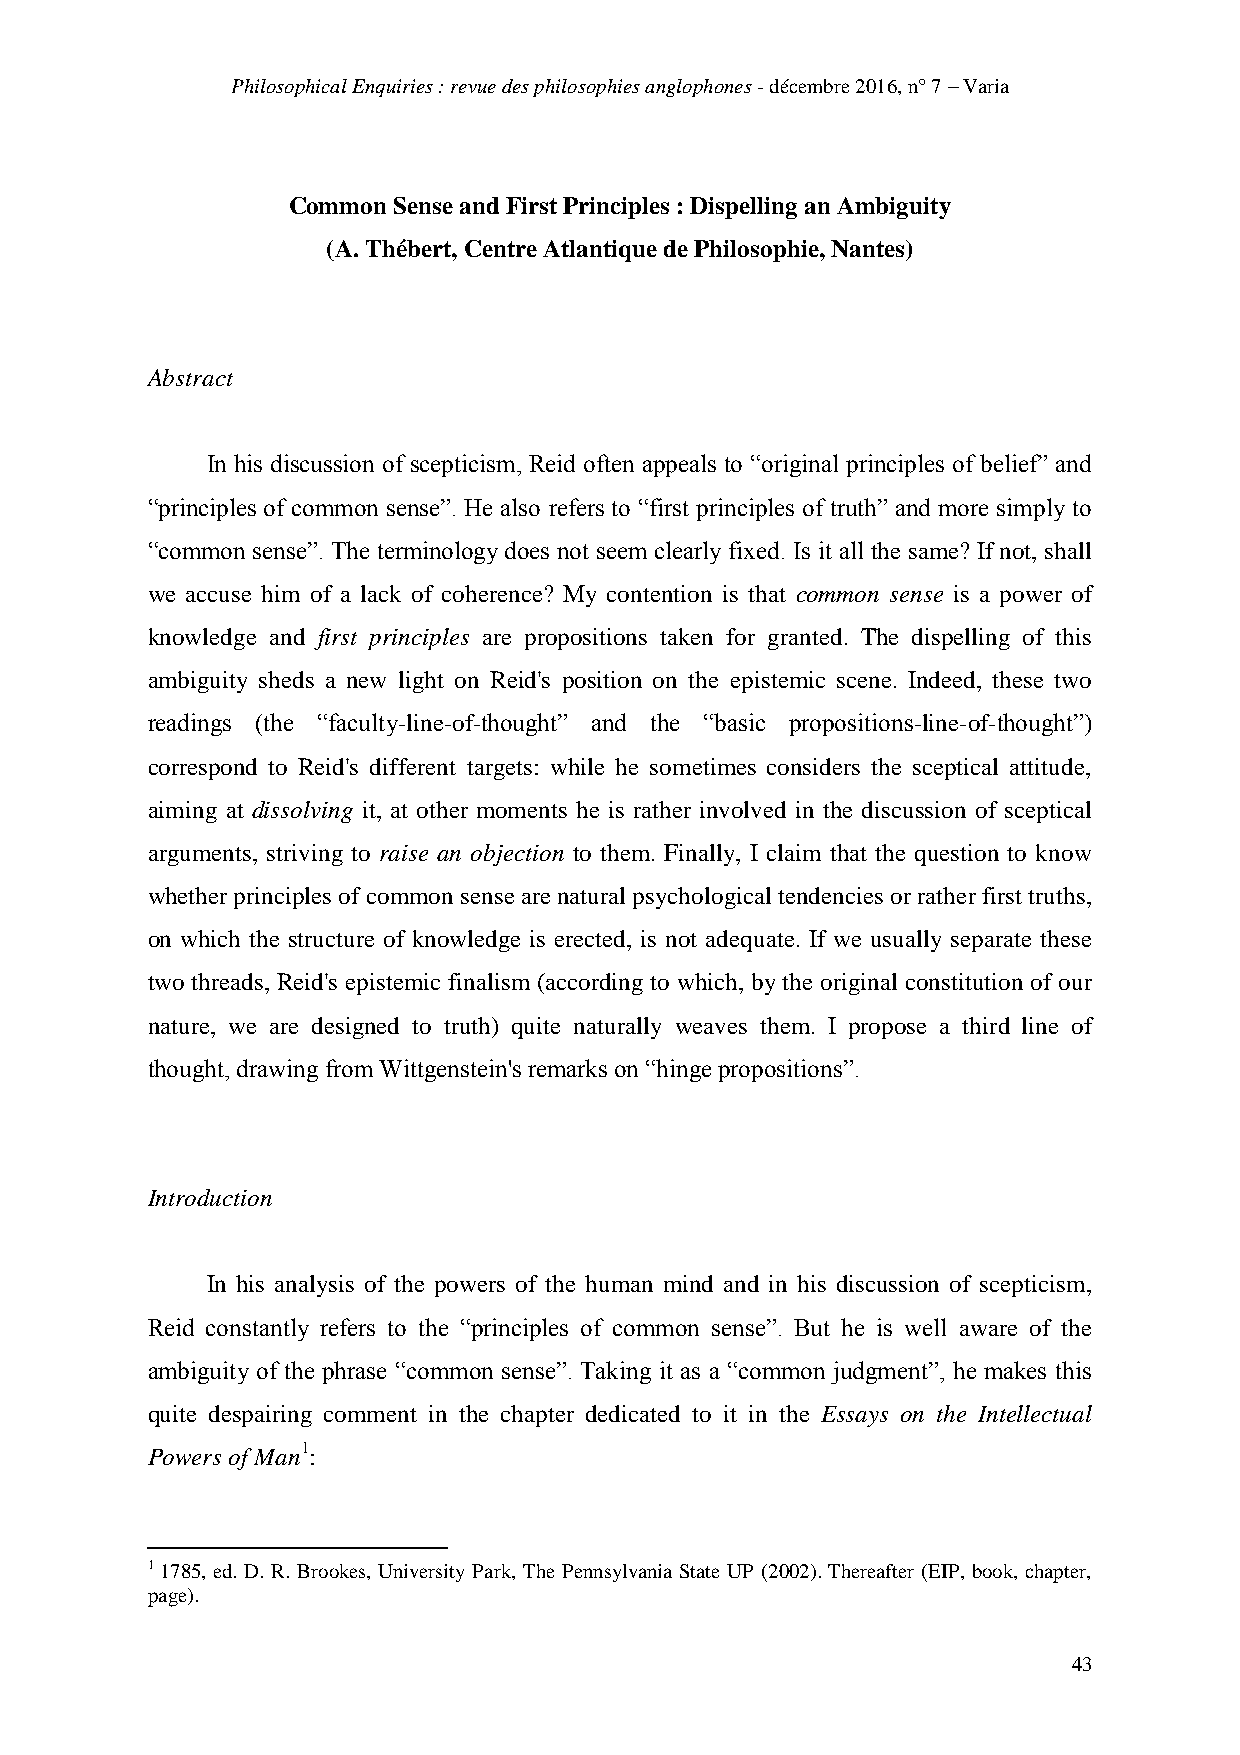
Philosophical Enquiries : revue des philosophies anglophones - décembre 2016, n° 7 – Varia
 Common Sense and First Principles : Dispelling an Ambiguity
 (A. Thébert, Centre Atlantique de Philosophie, Nantes)
 Abstract
 In his discussion of scepticism, Reid often appeals to “original principles of belief” and
 “principles of common sense”. He also refers to “first principles of truth” and more simply to
 “common sense”. The terminology does not seem clearly fixed. Is it all the same? If not, shall
 we accuse him of a lack of coherence? My contention is that common sense is a power of
 knowledge and first principles are propositions taken for granted. The dispelling of this
 ambiguity sheds a new light on Reid's position on the epistemic scene. Indeed, these two
 readings (the “faculty-line-of-thought” and the “basic propositions-line-of-thought”)
 correspond to Reid's different targets: while he sometimes considers the sceptical attitude,
 aiming at dissolving it, at other moments he is rather involved in the discussion of sceptical
 arguments, striving to raise an objection to them. Finally, I claim that the question to know
 whether principles of common sense are natural psychological tendencies or rather first truths,
 on which the structure of knowledge is erected, is not adequate. If we usually separate these
 two threads, Reid's epistemic finalism (according to which, by the original constitution of our
 nature, we are designed to truth) quite naturally weaves them. I propose a third line of
 thought, drawing from Wittgenstein's remarks on “hinge propositions”.
 Introduction
 In his analysis of the powers of the human mind and in his discussion of scepticism,
 Reid constantly refers to the “principles of common sense”. But he is well aware of the
 ambiguity of the phrase “common sense”. Taking it as a “common judgment”, he makes this
 quite despairing comment in the chapter dedicated to it in the Essays on the Intellectual
 Powers of Man1:
 1 1785, ed. D. R. Brookes, University Park, The Pennsylvania State UP (2002). Thereafter (EIP, book, chapter,
 page).
 43